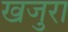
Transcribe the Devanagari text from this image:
खजुरा